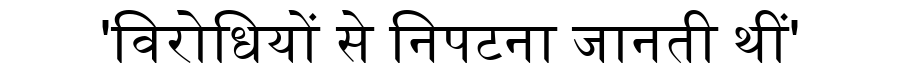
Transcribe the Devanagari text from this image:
'विरोधियों से निपटना जानती थीं'